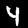
Digit: 4